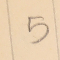
5